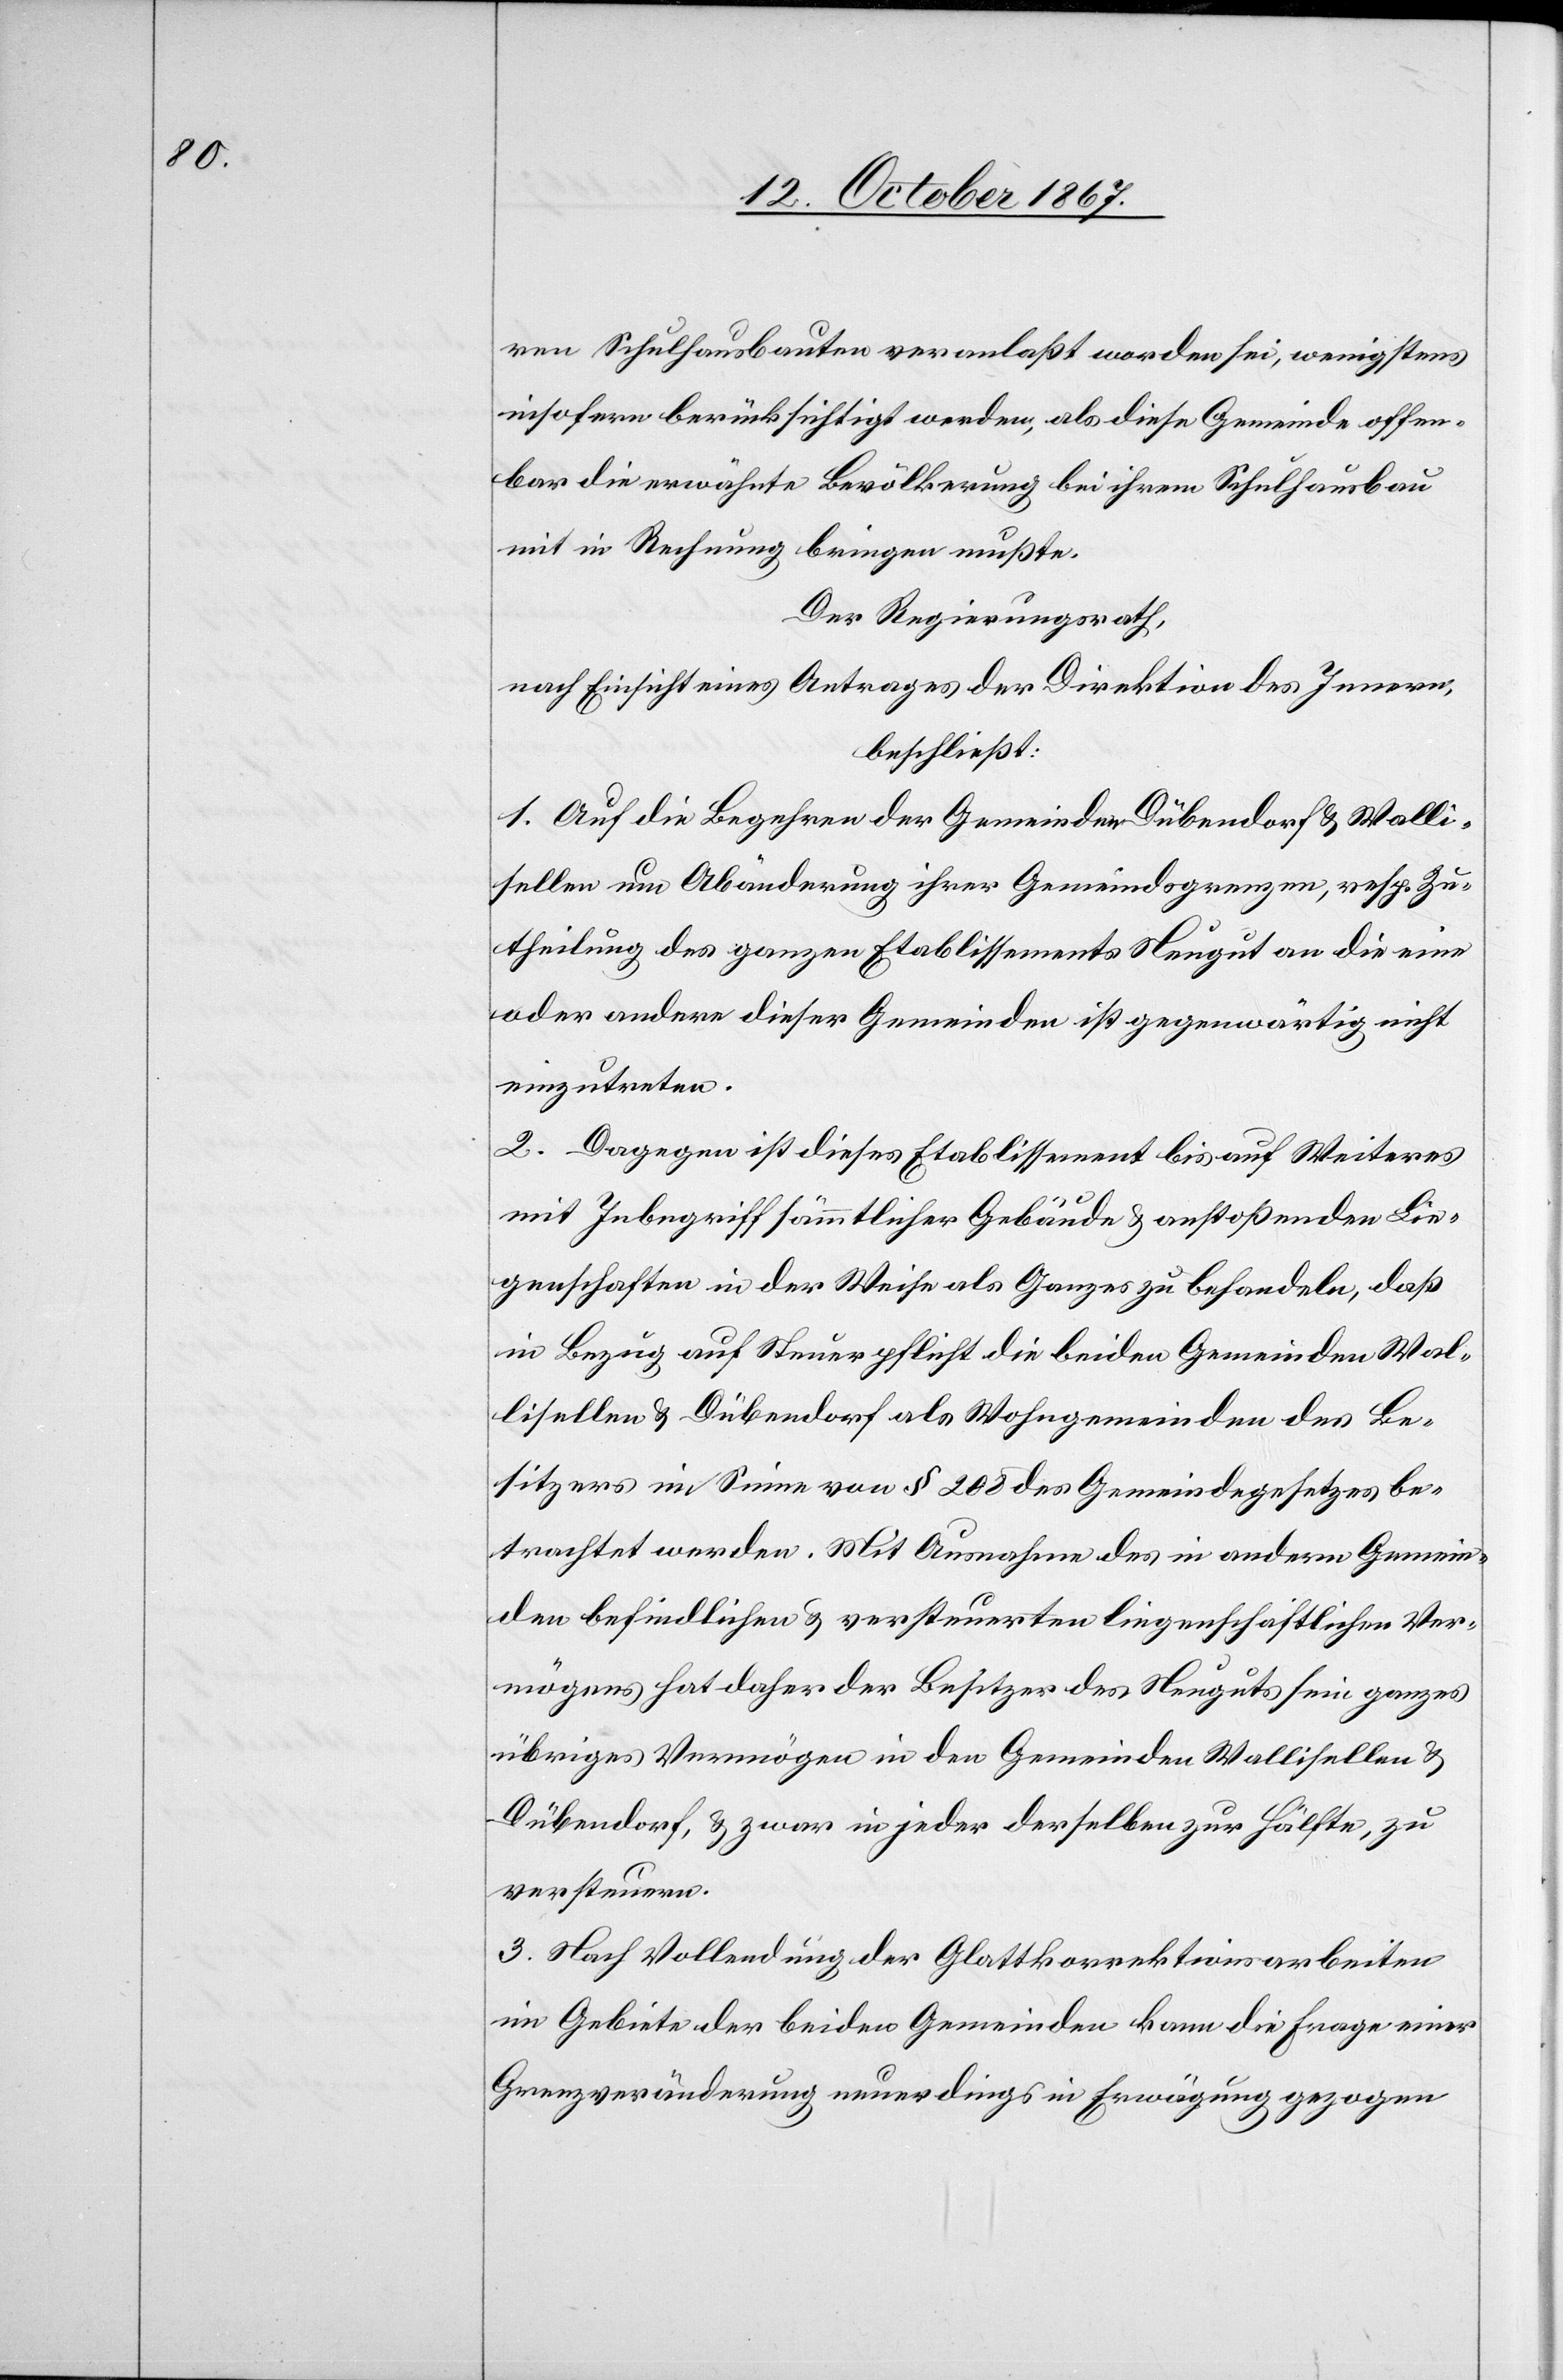
ren Schulhausbauten veranlaßt worden sei, wenigstens
insofern berücksichtigt werden, als diese Gemeinde offen¬
bar die erwähnte Bevölkerung bei ihrem Schulhausbau
mit in Rechnung bringen mußte.
Der Regierungsrath,
nach Einsicht eines Antrages der Direktion des Innern,
beschließt:
1. Auf die Begehren der Gemeinden Dübendorf u. Walli¬
sellen um Abänderung ihrer Gemeindsgrenzen, resp. Zu¬
theilung des ganzen Etablissements Neugut an die eine
oder andere dieser Gemeinde ist gegenwärtig nicht
einzutreten.
2. Dagegen ist dieses Etablissement bis auf Weiteres
mit Inbegriff sämmtlicher Gebäude u. anstoßender Lie¬
genschaften in der Weise als Ganzes zu behandeln, daß
in Bezug auf Steuerpflicht die beiden Gemeinden Wal¬
lisellen u. Dübendorf als Wohngemeinden des Be¬
sitzers im Sinne von § 208 [sic!] des Gemeindesgesetzes be¬
trachtet werden. Mit Ausnahme des in andern Gemein¬
den befindlichen u. versteuerten liegenschaftlichen Ver¬
mögens hat daher der Besitzer des Neuguts sein ganzes
übriges Vermögen in den Gemeinden Wallisellen u.
Dübendorf, u. zwar in jeder derselben zur Hälfte, zu
versteuern.
3. Nach Vollendung der Glattkorrektionsarbeiten
im Gebiete der beiden Gemeinden kann die Frage einer
Grenzveränderung neuerdings in Erwägung gezogen